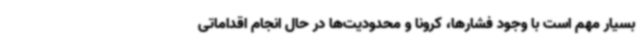
بسیار مهم است با وجود فشارها، کرونا و محدودیت‌ها در حال انجام اقداماتی